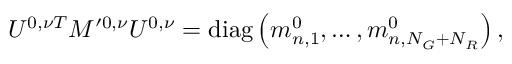
U ^ { 0 , \nu T } M ^ { \prime 0 , \nu } U ^ { 0 , \nu } = \mathrm { d i a g } \left( m _ { n , 1 } ^ { 0 } , \ldots , m _ { n , N _ { G } + N _ { R } } ^ { 0 } \right) ,